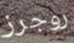
روجرز